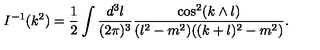
I ^ { - 1 } ( k ^ { 2 } ) = \frac 1 2 \int \frac { d ^ { 3 } l } { ( 2 \pi ) ^ { 3 } } \frac { \cos ^ { 2 } ( k \wedge l ) } { ( l ^ { 2 } - m ^ { 2 } ) ( ( k + l ) ^ { 2 } - m ^ { 2 } ) } .